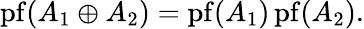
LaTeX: \operatorname{pf}(A_{1}\oplus A_{2})=\operatorname{pf}(A_{1})\operatorname{pf}(A_{2}).